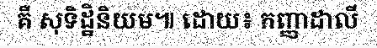
គឺ សុទិដ្ឋិនិយម៕ ដោយ៖ កញ្ញាដាលី